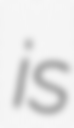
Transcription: is